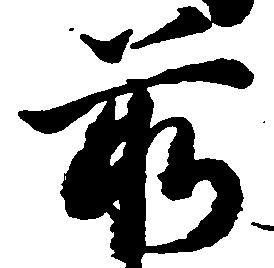
前